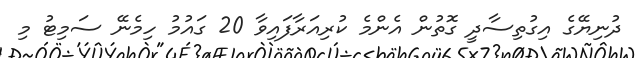
ދުނިޔޭގެ އިގުތިސާދީ ގޮތުން އެންމެ ކުރިއަރާފައިވާ 20 ގައުމު ހިމެނޭ ސަމިޓު މި